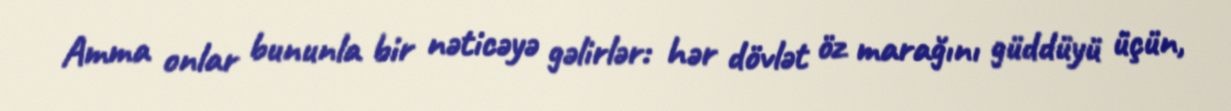
Amma onlar bununla bir nəticəyə gəlirlər: hər dövlət öz marağını güddüyü üçün,